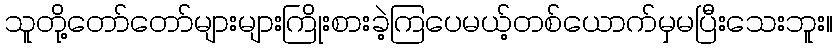
သူတို့တော်တော်များများကြိုးစားခဲ့ကြပေမယ့်တစ်ယောက်မှမပြီးသေးဘူး။